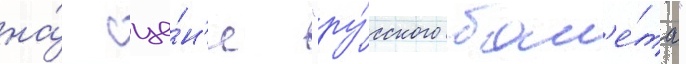
на́ сце́н'е "ру́сского бал'е́та"